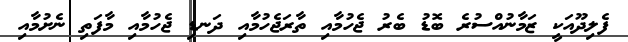
ފެލިދޫއަކީ ޒަމާނުއްސުރެ ބޮޑު ބެރު ޖެހުމާއި ތާރަޖެހުމާއި ދަނޑި ޖެހުމާއި މާފަތި ނެށުމާއި